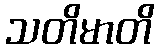
သတိမာတိ